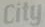
City